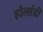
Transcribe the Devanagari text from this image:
होलांडी